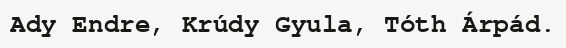
Ady Endre, Krúdy Gyula, Tóth Árpád.